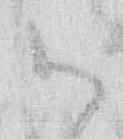
御